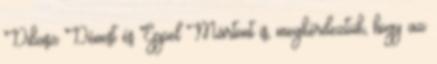
Dibusz Dénest és Eppel Mártont is, megkérdeztük, hogy az